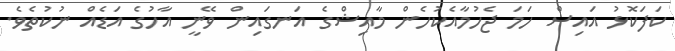
ކަފަކޮޅު އައިސް ހަމަ ޖެހުމާއެކުހެން މާއިޝްގެ އަނގައިން ވޭނީ އާހުގެ އަޑެއްް ނުކުތެވެ.